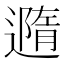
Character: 䢫